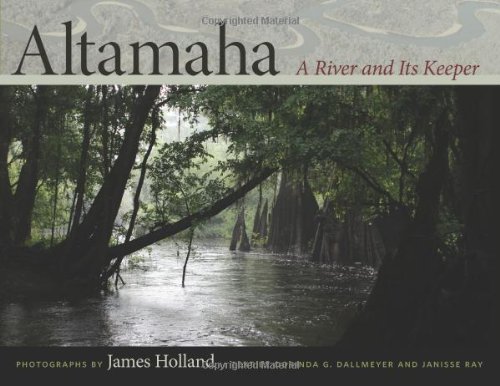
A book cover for Altamaha: A River and Its Keeper (Wormsloe Foundation Nature Book); Dorinda Dallmeyer; Travel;